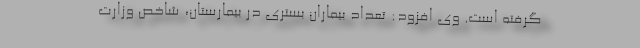
گرفته است. وی افزود: تعداد بیماران بستری در بیمارستان، شاخص وزارت